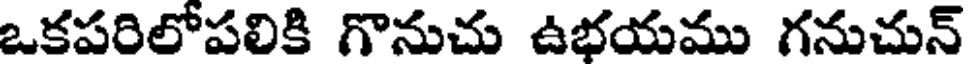
ఒకపరిలోపలికి గొనుచు ఉభయము గనుచున్